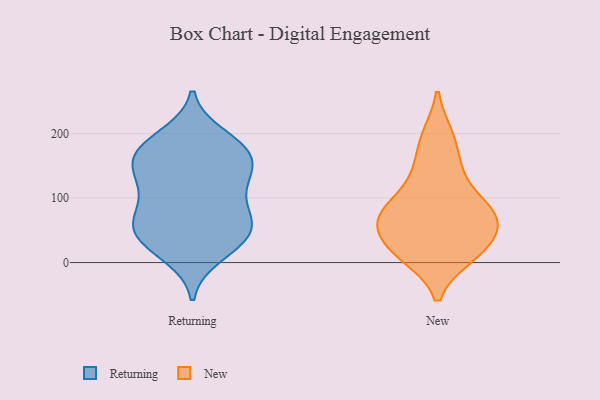
{"axis": {"x": "Shipments", "y": "Value"}, "legend": ["New", "Returning"], "data": [{"x": "", "y": 12, "type": "Returning"}, {"x": "", "y": 48, "type": "Returning"}, {"x": "", "y": 47, "type": "Returning"}, {"x": "", "y": 56, "type": "Returning"}, {"x": "", "y": 157, "type": "Returning"}, {"x": "", "y": 28, "type": "Returning"}, {"x": "", "y": 33, "type": "Returning"}, {"x": "", "y": 78, "type": "Returning"}, {"x": "", "y": 173, "type": "Returning"}, {"x": "", "y": 167, "type": "Returning"}, {"x": "", "y": 73, "type": "Returning"}, {"x": "", "y": 73, "type": "Returning"}, {"x": "", "y": 195, "type": "Returning"}, {"x": "", "y": 128, "type": "Returning"}, {"x": "", "y": 137, "type": "Returning"}, {"x": "", "y": 181, "type": "Returning"}, {"x": "", "y": 116, "type": "Returning"}, {"x": "", "y": 176, "type": "Returning"}, {"x": "", "y": 132, "type": "Returning"}, {"x": "", "y": 120, "type": "New"}, {"x": "", "y": 10, "type": "New"}, {"x": "", "y": 90, "type": "New"}, {"x": "", "y": 10, "type": "New"}, {"x": "", "y": 76, "type": "New"}, {"x": "", "y": 148, "type": "New"}, {"x": "", "y": 20, "type": "New"}, {"x": "", "y": 44, "type": "New"}, {"x": "", "y": 29, "type": "New"}, {"x": "", "y": 73, "type": "New"}, {"x": "", "y": 11, "type": "New"}, {"x": "", "y": 80, "type": "New"}, {"x": "", "y": 80, "type": "New"}, {"x": "", "y": 65, "type": "New"}, {"x": "", "y": 66, "type": "New"}, {"x": "", "y": 148, "type": "New"}, {"x": "", "y": 196, "type": "New"}, {"x": "", "y": 196, "type": "New"}, {"x": "", "y": 48, "type": "New"}]}